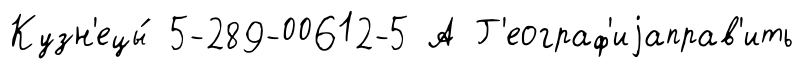
Кузн'ецы́ 5-289-00612-5 А Г'еограф'иjаправ'ить